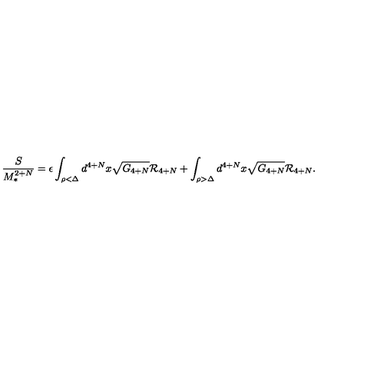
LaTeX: { \frac { S } { M _ { * } ^ { 2 + N } } } = \epsilon \int _ { \rho < \Delta } d ^ { 4 + N } x \sqrt { G _ { 4 + N } } { \cal R } _ { 4 + N } + \int _ { \rho > \Delta } d ^ { 4 + N } x \sqrt { G _ { 4 + N } } { \cal R } _ { 4 + N } .